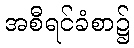
အစီရင်ခံစာ၌